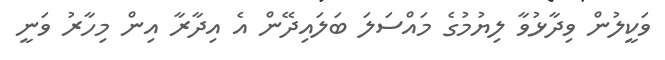
ވަކީލުން ވިދާޅުވާ ލިޔުމުގެ މައްސަލަ ބަލައިދޭން އެ އިދާރާ އިން މިހާރު ވަނީ